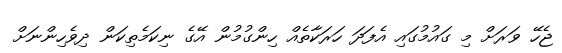
ޖެހޭ ވަރަށް މި ގައުމުގައި އެފަދަ ހަރަކާތެއް ހިންގުމުން އޭގެ ނިކަމެތިކަަން ދިވެހިންނަށް